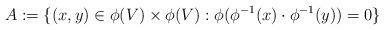
LaTeX: \begin{align*}A:=\{(x,y)\in \phi (V)\times \phi (V): \phi (\phi ^{-1}(x)\cdot \phi ^{-1}(y)) =0\} \end{align*}